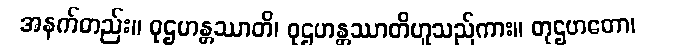
အနက်တည်း။ ဝုဌဟန္တဿာတိ၊ ဝုဌဟန္တဿာတိဟူသည်ကား။ တုဌဟတော၊